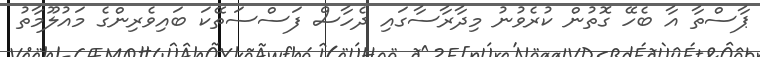
ޕާސްތާ އާ ބެހޭ ގޮތުން ކުރެވުނު މިދާރާސާގައި ދެހާސް ފަސްސަތޭކަ ބައިވެރިންގެ މައުލޫމާތު